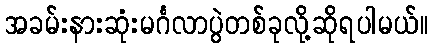
အခမ်းနားဆုံးမင်္ဂလာပွဲတစ်ခုလို့ဆိုရပါမယ်။